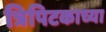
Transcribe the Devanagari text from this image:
त्रिपिटकाच्या